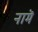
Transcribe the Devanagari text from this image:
नामॆ